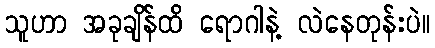
သူဟာ အခုချိန်ထိ ရောဂါနဲ့ လဲနေတုန်းပဲ။